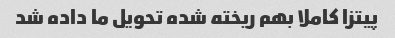
پیتزا کاملا بهم ریخته شده تحویل ما داده شد